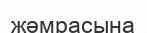
жәмрасына